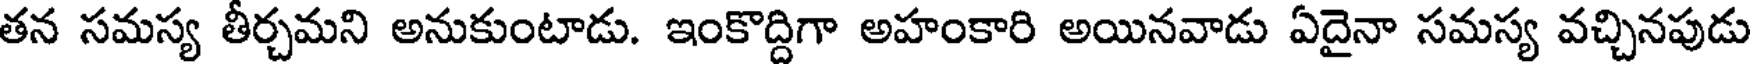
తన సమస్య తీర్చమని అనుకుంటాడు. ఇంకొద్దిగా అహంకారి అయినవాడు ఏదైనా సమస్య వచ్చినపుడు